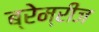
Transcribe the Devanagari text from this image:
ब्रेम्रीज